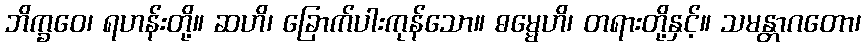
ဘိက္ခဝေ၊ ရဟန်းတို့။ ဆဟိ၊ ခြောက်ပါးကုန်သော။ ဓမ္မေဟိ၊ တရားတို့နှင့်။ သမန္တာဂတော၊